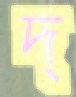
দ্